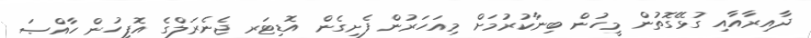
ދާއިރާއާއި ގުޅޭގޮތުން މީހުން ބިނާކުރުމަށް މިއަހަރުން ފެށިގެން އޮޑިޓަރ ޖެނެރަލްގެ އޮފީހުން ހާއްޞަ